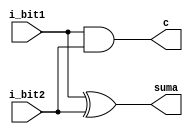
`timescale 1ps/1ps
module M_sumador
(
input i_bit1,i_bit2,
output c,suma
);
assign c=i_bit1 & i_bit2;
assign suma=i_bit1 ^ i_bit2;

endmodule